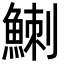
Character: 䱨